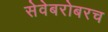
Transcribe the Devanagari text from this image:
सेवेबरोबरच